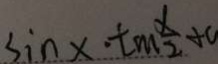
\sin x \cdot \tan \frac { x } { 2 } + 0